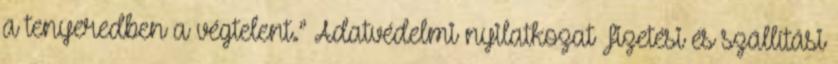
a tenyeredben a végtelent.” Adatvédelmi nyilatkozat Fizetési és szállítási